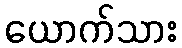
ယောက်သား